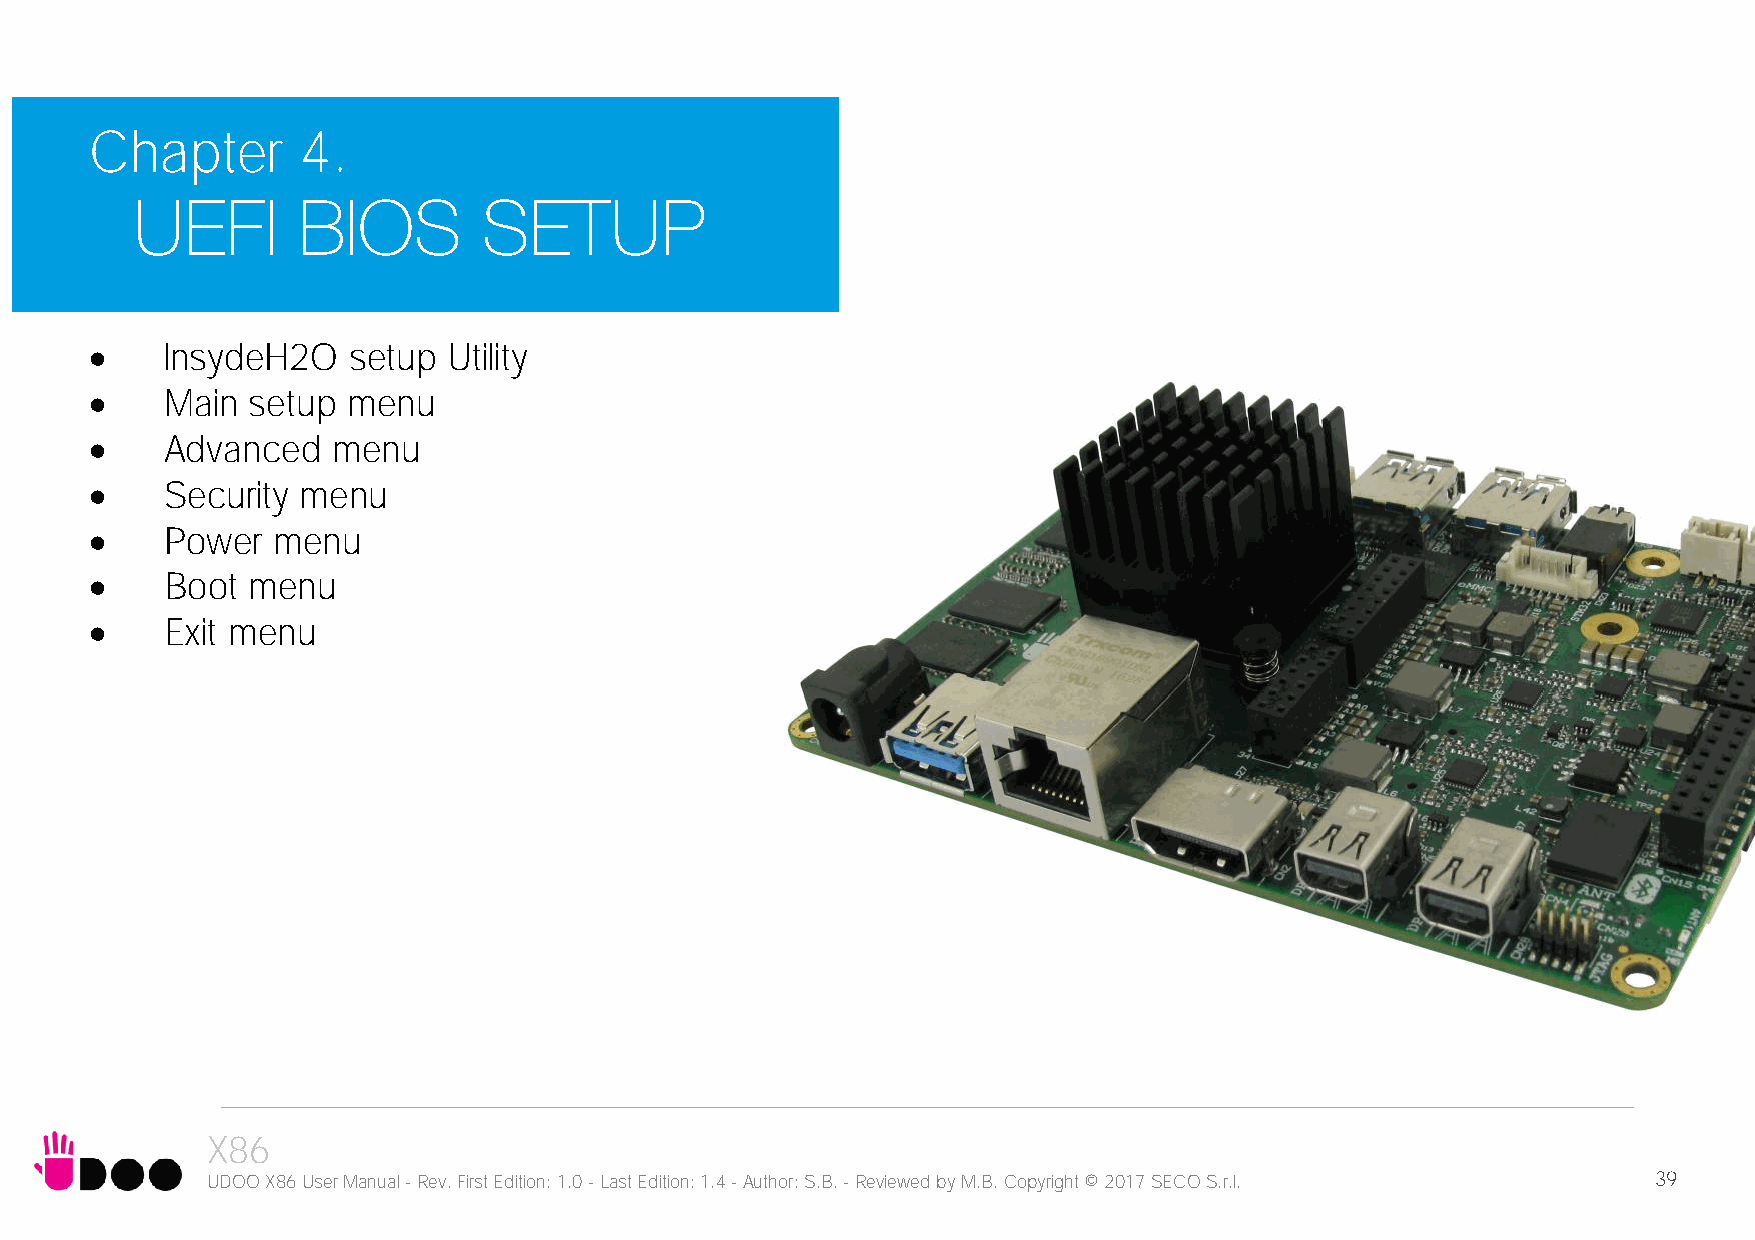
Chapter       4.
     InsydeH2O   setup  Utility
     Main setup  menu
     Advanced   menu
     Security menu
     Power  menu
     Boot menu
     Exit menu
 X86
 UDOO X86 User Manual - Rev. First Edition: 1.0 - Last Edition: 1.4 - Author: S.B. - Reviewed by M.B. Copyright © 2017 SECO S.r.l. 39